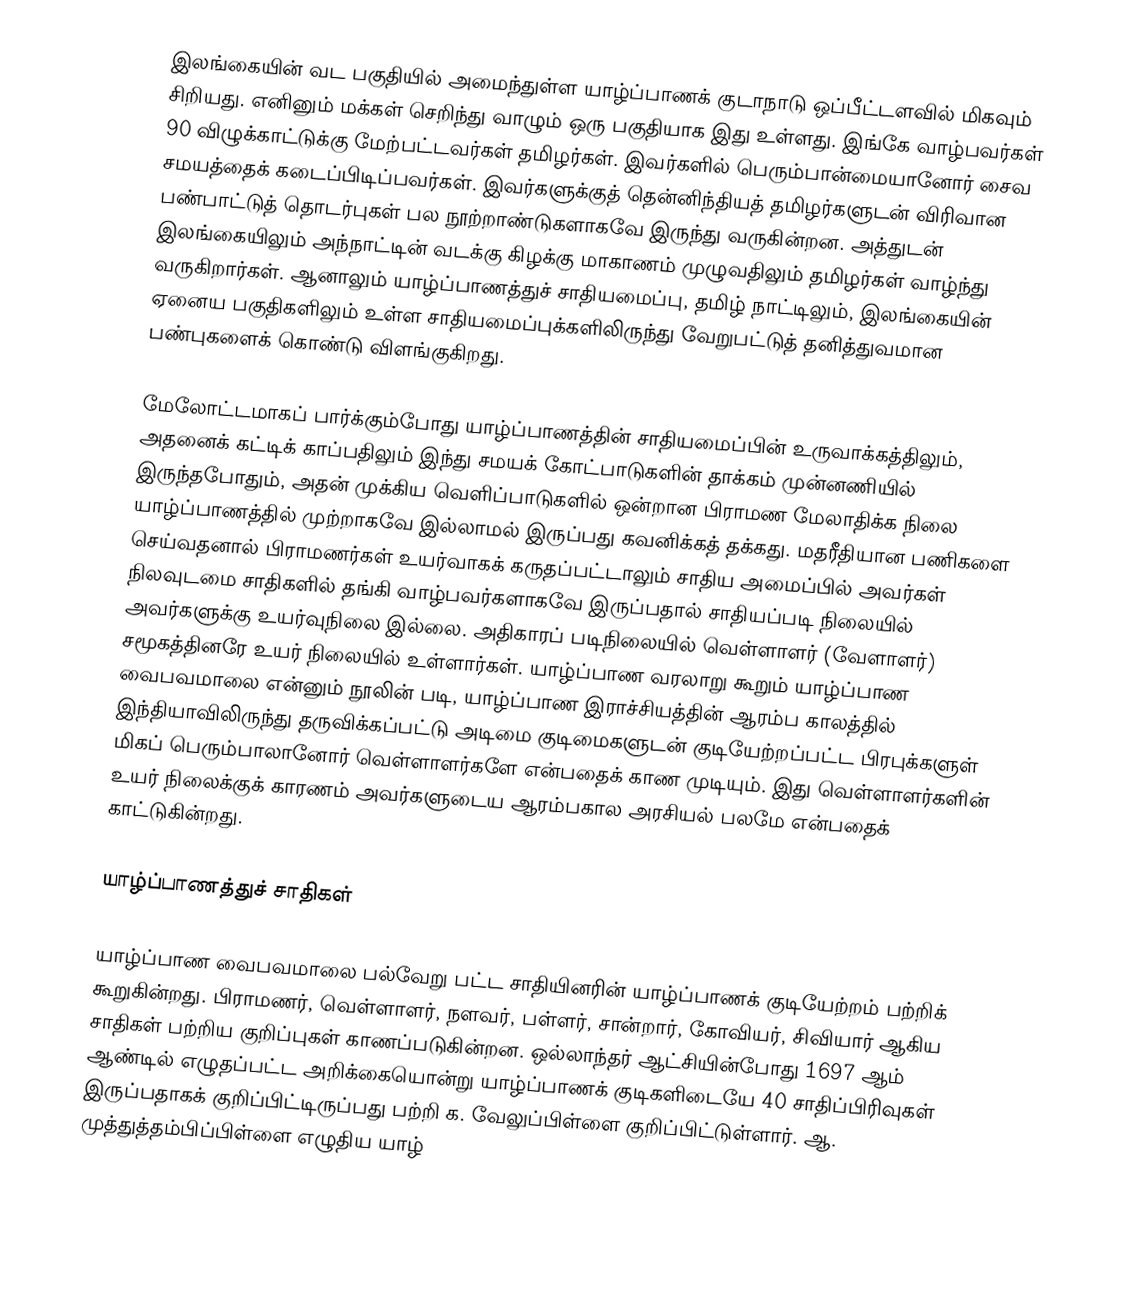
இலங்கையின் வட பகுதியில் அமைந்துள்ள யாழ்ப்பாணக் குடாநாடு ஒப்பீட்டளவில் மிகவும் சிறியது. எனினும் மக்கள் செறிந்து வாழும் ஒரு பகுதியாக இது உள்ளது. இங்கே வாழ்பவர்கள் 90 விழுக்காட்டுக்கு   மேற்பட்டவர்கள் தமிழர்கள். இவர்களில் பெரும்பான்மையானோர் சைவ சமயத்தைக் கடைப்பிடிப்பவர்கள். இவர்களுக்குத் தென்னிந்தியத் தமிழர்களுடன் விரிவான பண்பாட்டுத் தொடர்புகள் பல நூற்றாண்டுகளாகவே இருந்து வருகின்றன. அத்துடன் இலங்கையிலும் அந்நாட்டின் வடக்கு கிழக்கு மாகாணம் முழுவதிலும் தமிழர்கள் வாழ்ந்து வருகிறார்கள். ஆனாலும் யாழ்ப்பாணத்துச் சாதியமைப்பு, தமிழ் நாட்டிலும், இலங்கையின் ஏனைய பகுதிகளிலும் உள்ள சாதியமைப்புக்களிலிருந்து வேறுபட்டுத் தனித்துவமான பண்புகளைக் கொண்டு விளங்குகிறது.

மேலோட்டமாகப் பார்க்கும்போது யாழ்ப்பாணத்தின் சாதியமைப்பின் உருவாக்கத்திலும், அதனைக் கட்டிக் காப்பதிலும் இந்து சமயக் கோட்பாடுகளின் தாக்கம் முன்னணியில் இருந்தபோதும், அதன் முக்கிய வெளிப்பாடுகளில் ஒன்றான பிராமண மேலாதிக்க நிலை யாழ்ப்பாணத்தில் முற்றாகவே இல்லாமல் இருப்பது கவனிக்கத் தக்கது. மதரீதியான பணிகளை செய்வதனால் பிராமணர்கள் உயர்வாகக் கருதப்பட்டாலும் சாதிய அமைப்பில் அவர்கள் நிலவுடமை சாதிகளில் தங்கி வாழ்பவர்களாகவே இருப்பதால் சாதியப்படி நிலையில் அவர்களுக்கு உயர்வுநிலை  இல்லை. அதிகாரப் படிநிலையில் வெள்ளாளர் (வேளாளர்) சமூகத்தினரே உயர் நிலையில் உள்ளார்கள். யாழ்ப்பாண வரலாறு கூறும் யாழ்ப்பாண வைபவமாலை என்னும் நூலின் படி, யாழ்ப்பாண இராச்சியத்தின் ஆரம்ப காலத்தில் இந்தியாவிலிருந்து தருவிக்கப்பட்டு அடிமை குடிமைகளுடன் குடியேற்றப்பட்ட பிரபுக்களுள் மிகப் பெரும்பாலானோர் வெள்ளாளர்களே என்பதைக் காண முடியும். இது வெள்ளாளர்களின் உயர் நிலைக்குக் காரணம் அவர்களுடைய ஆரம்பகால அரசியல் பலமே என்பதைக் காட்டுகின்றது.

யாழ்ப்பாணத்துச் சாதிகள்

யாழ்ப்பாண வைபவமாலை பல்வேறு பட்ட சாதியினரின் யாழ்ப்பாணக் குடியேற்றம் பற்றிக் கூறுகின்றது. பிராமணர், வெள்ளாளர், நளவர், பள்ளர், சான்றார், கோவியர், சிவியார் ஆகிய சாதிகள் பற்றிய குறிப்புகள் காணப்படுகின்றன. ஒல்லாந்தர் ஆட்சியின்போது 1697 ஆம் ஆண்டில் எழுதப்பட்ட அறிக்கையொன்று யாழ்ப்பாணக் குடிகளிடையே 40 சாதிப்பிரிவுகள் இருப்பதாகக் குறிப்பிட்டிருப்பது பற்றி க. வேலுப்பிள்ளை  குறிப்பிட்டுள்ளார். ஆ. முத்துத்தம்பிப்பிள்ளை எழுதிய யாழ்